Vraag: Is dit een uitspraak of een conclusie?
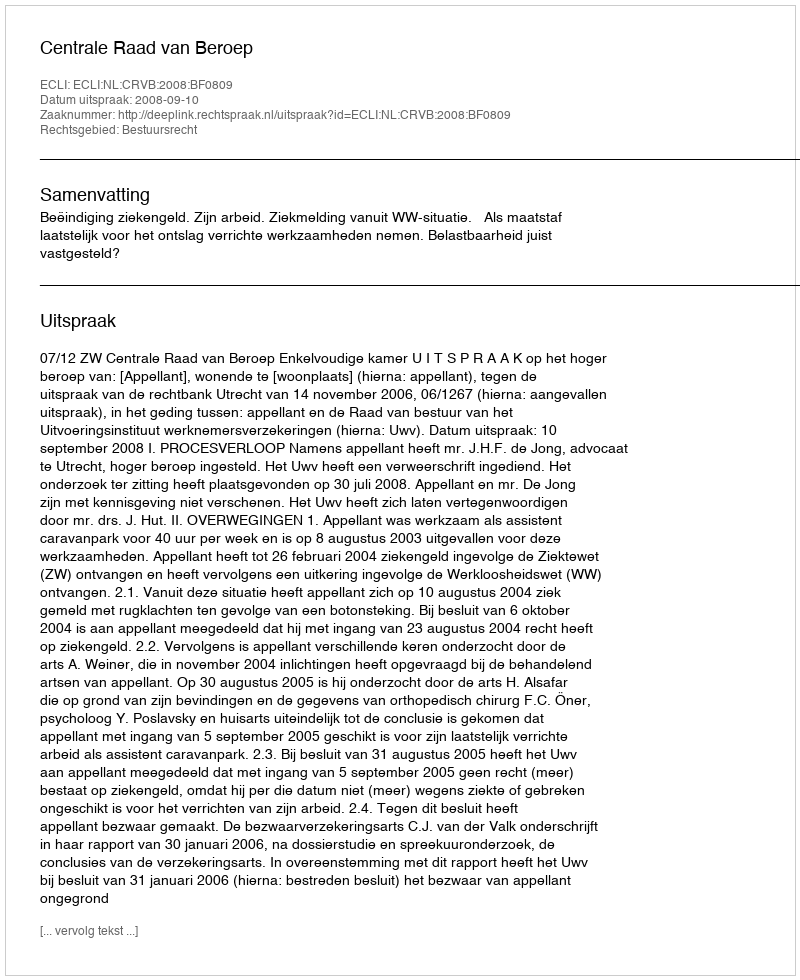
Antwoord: Uitspraak